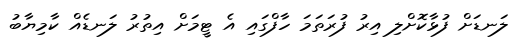
ލަނޑަށް ފުޅާކޮށްލި އިރު ފުރަތަމަ ހާފްގައި އެ ޓީމަށް އިތުރު ލަނޑެއް ކާމިޔާބު